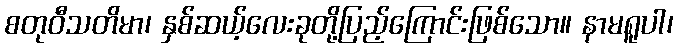
စတုဝီသတိမာ၊ နှစ်ဆယ့်လေးခုတို့ပြည့်ကြောင်းဖြစ်သော။ နာမရူပါ၊